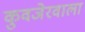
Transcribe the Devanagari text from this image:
कुवजेरवाला